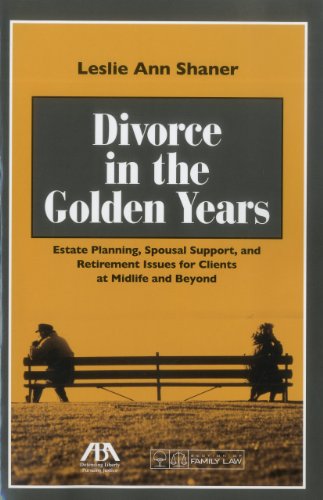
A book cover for Divorce in the Golden Years: Estate Planning, Spousal Support, and Retirement Issues for Clients at Midlife and Beyond; Leslie Shaner; Law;